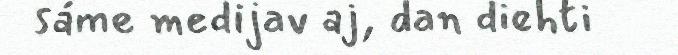
sáme medijav aj, dan diehti